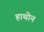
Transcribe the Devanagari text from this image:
हाथोन